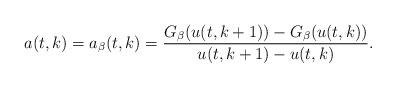
LaTeX: \begin{align*}a(t,k) = a_\beta(t,k) = \frac{G_\beta(u(t,k+1)) - G_\beta(u(t,k))}{u(t,k+1) - u(t,k)}.\end{align*}